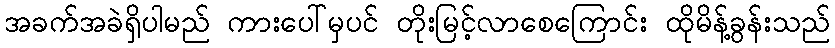
အခက်အခဲရှိပါမည် ကားပေါ်မှပင် တိုးမြင့်လာစေကြောင်း ထိုမိန့်ခွန်းသည်